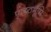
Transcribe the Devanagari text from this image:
पृष्ष्ठभूमि